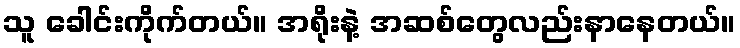
သူ ခေါင်းကိုက်တယ်။ အရိုးနဲ့ အဆစ်တွေလည်းနာနေတယ်။